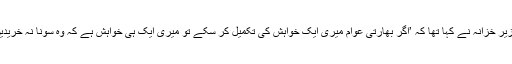
وزیر خزانہ نے کہا تھا کہ ’اگر بھارتی عوام میری ایک خواہش کی تکمیل کر سکے تو میری ایک ہی خواہش ہے کہ وہ سونا نہ خریدیں۔